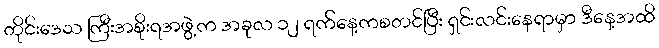
တိုင်းဒေသ ကြီးအစိုးရအဖွဲ့က အခုလ ၁၂ ရက်နေ့ကစတင်ပြီး ရှင်းလင်းနေရာမှာ ဒီနေ့အထိ